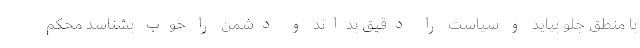
با منطق جلو بیاید و سیاست را دقیق بداند و دشمن را خوب بشناسد محکم